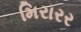
મિરારર